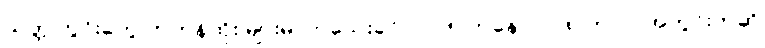
သတ္တုတွင်းတွေ တဟုန်ထိုး များမလာသေးခင် ၂၀၀၅ ကနေ ၂၀၀၈ ကာလအတွင်းကဆို